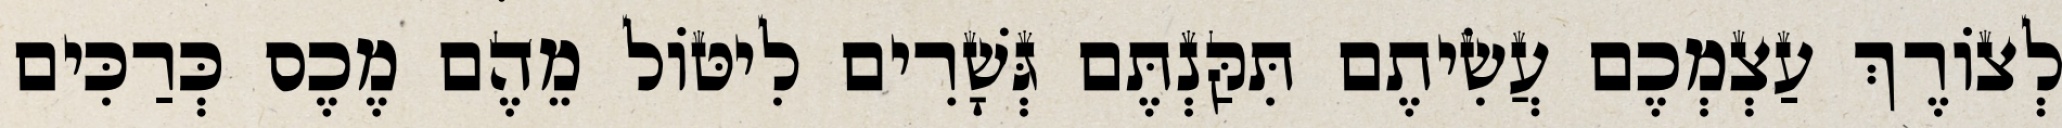
לְצוֹרֶךְ עַצְמְכֶם עֲשִׂיתֶם תִּקַּנְתֶּם גְּשָׁרִים לִיטּוֹל מֵהֶם מֶכֶס כְּרַכִּים